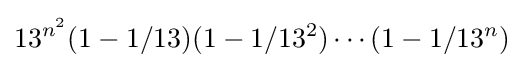
13^{n^{2}}(1-1/13)(1-1/13^{2})\cdots (1-1/13^{n})